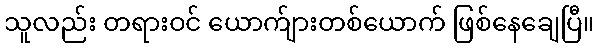
သူလည်း တရားဝင် ယောက်ျားတစ်ယောက် ဖြစ်နေချေပြီ။